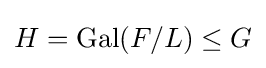
H=\mathrm {Gal} (F/L)\leq G